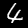
Digit: 4